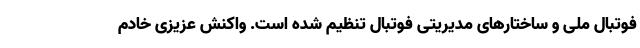
فوتبال ملی و ساختارهای مدیریتی فوتبال تنظیم شده است. واکنش عزیزی خادم